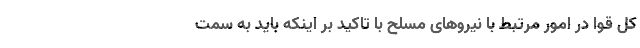
کل قوا در امور مرتبط با نیروهای مسلح با تاکید بر اینکه باید به سمت